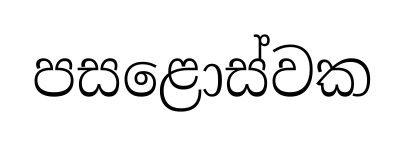
පසළොස්වක